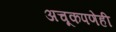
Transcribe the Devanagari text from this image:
अचूकपणेही